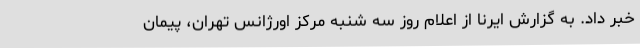
خبر داد. به گزارش ایرنا از اعلام روز سه شنبه مرکز اورژانس تهران، پیمان